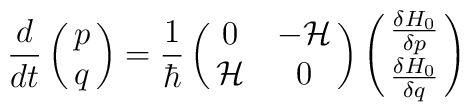
{d\over dt}\pmatrix{p\cr q} = {1\over {\hbar}}\pmatrix{0&-{\cal H}\cr {\cal H}& 0}\pmatrix{{\delta H_0 \over\delta p}\cr {\delta H_0 \over \delta q}}